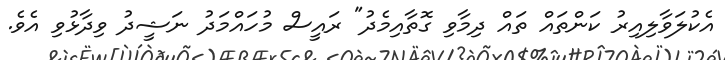
އެކުލަވާލިއިރު ކަންތައް ތައް ދިމާވި ގޮތާއިމެދު" ރައީސް މުހައްމަދު ނަޝީދު ވިދާޅުވި އެވެ.